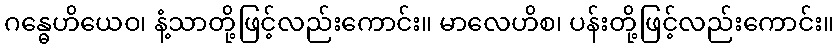
ဂန္ဓေဟိယေဝ၊ နံ့သာတို့ဖြင့်လည်းကောင်း။ မာလေဟိစ၊ ပန်းတို့ဖြင့်လည်းကောင်း။